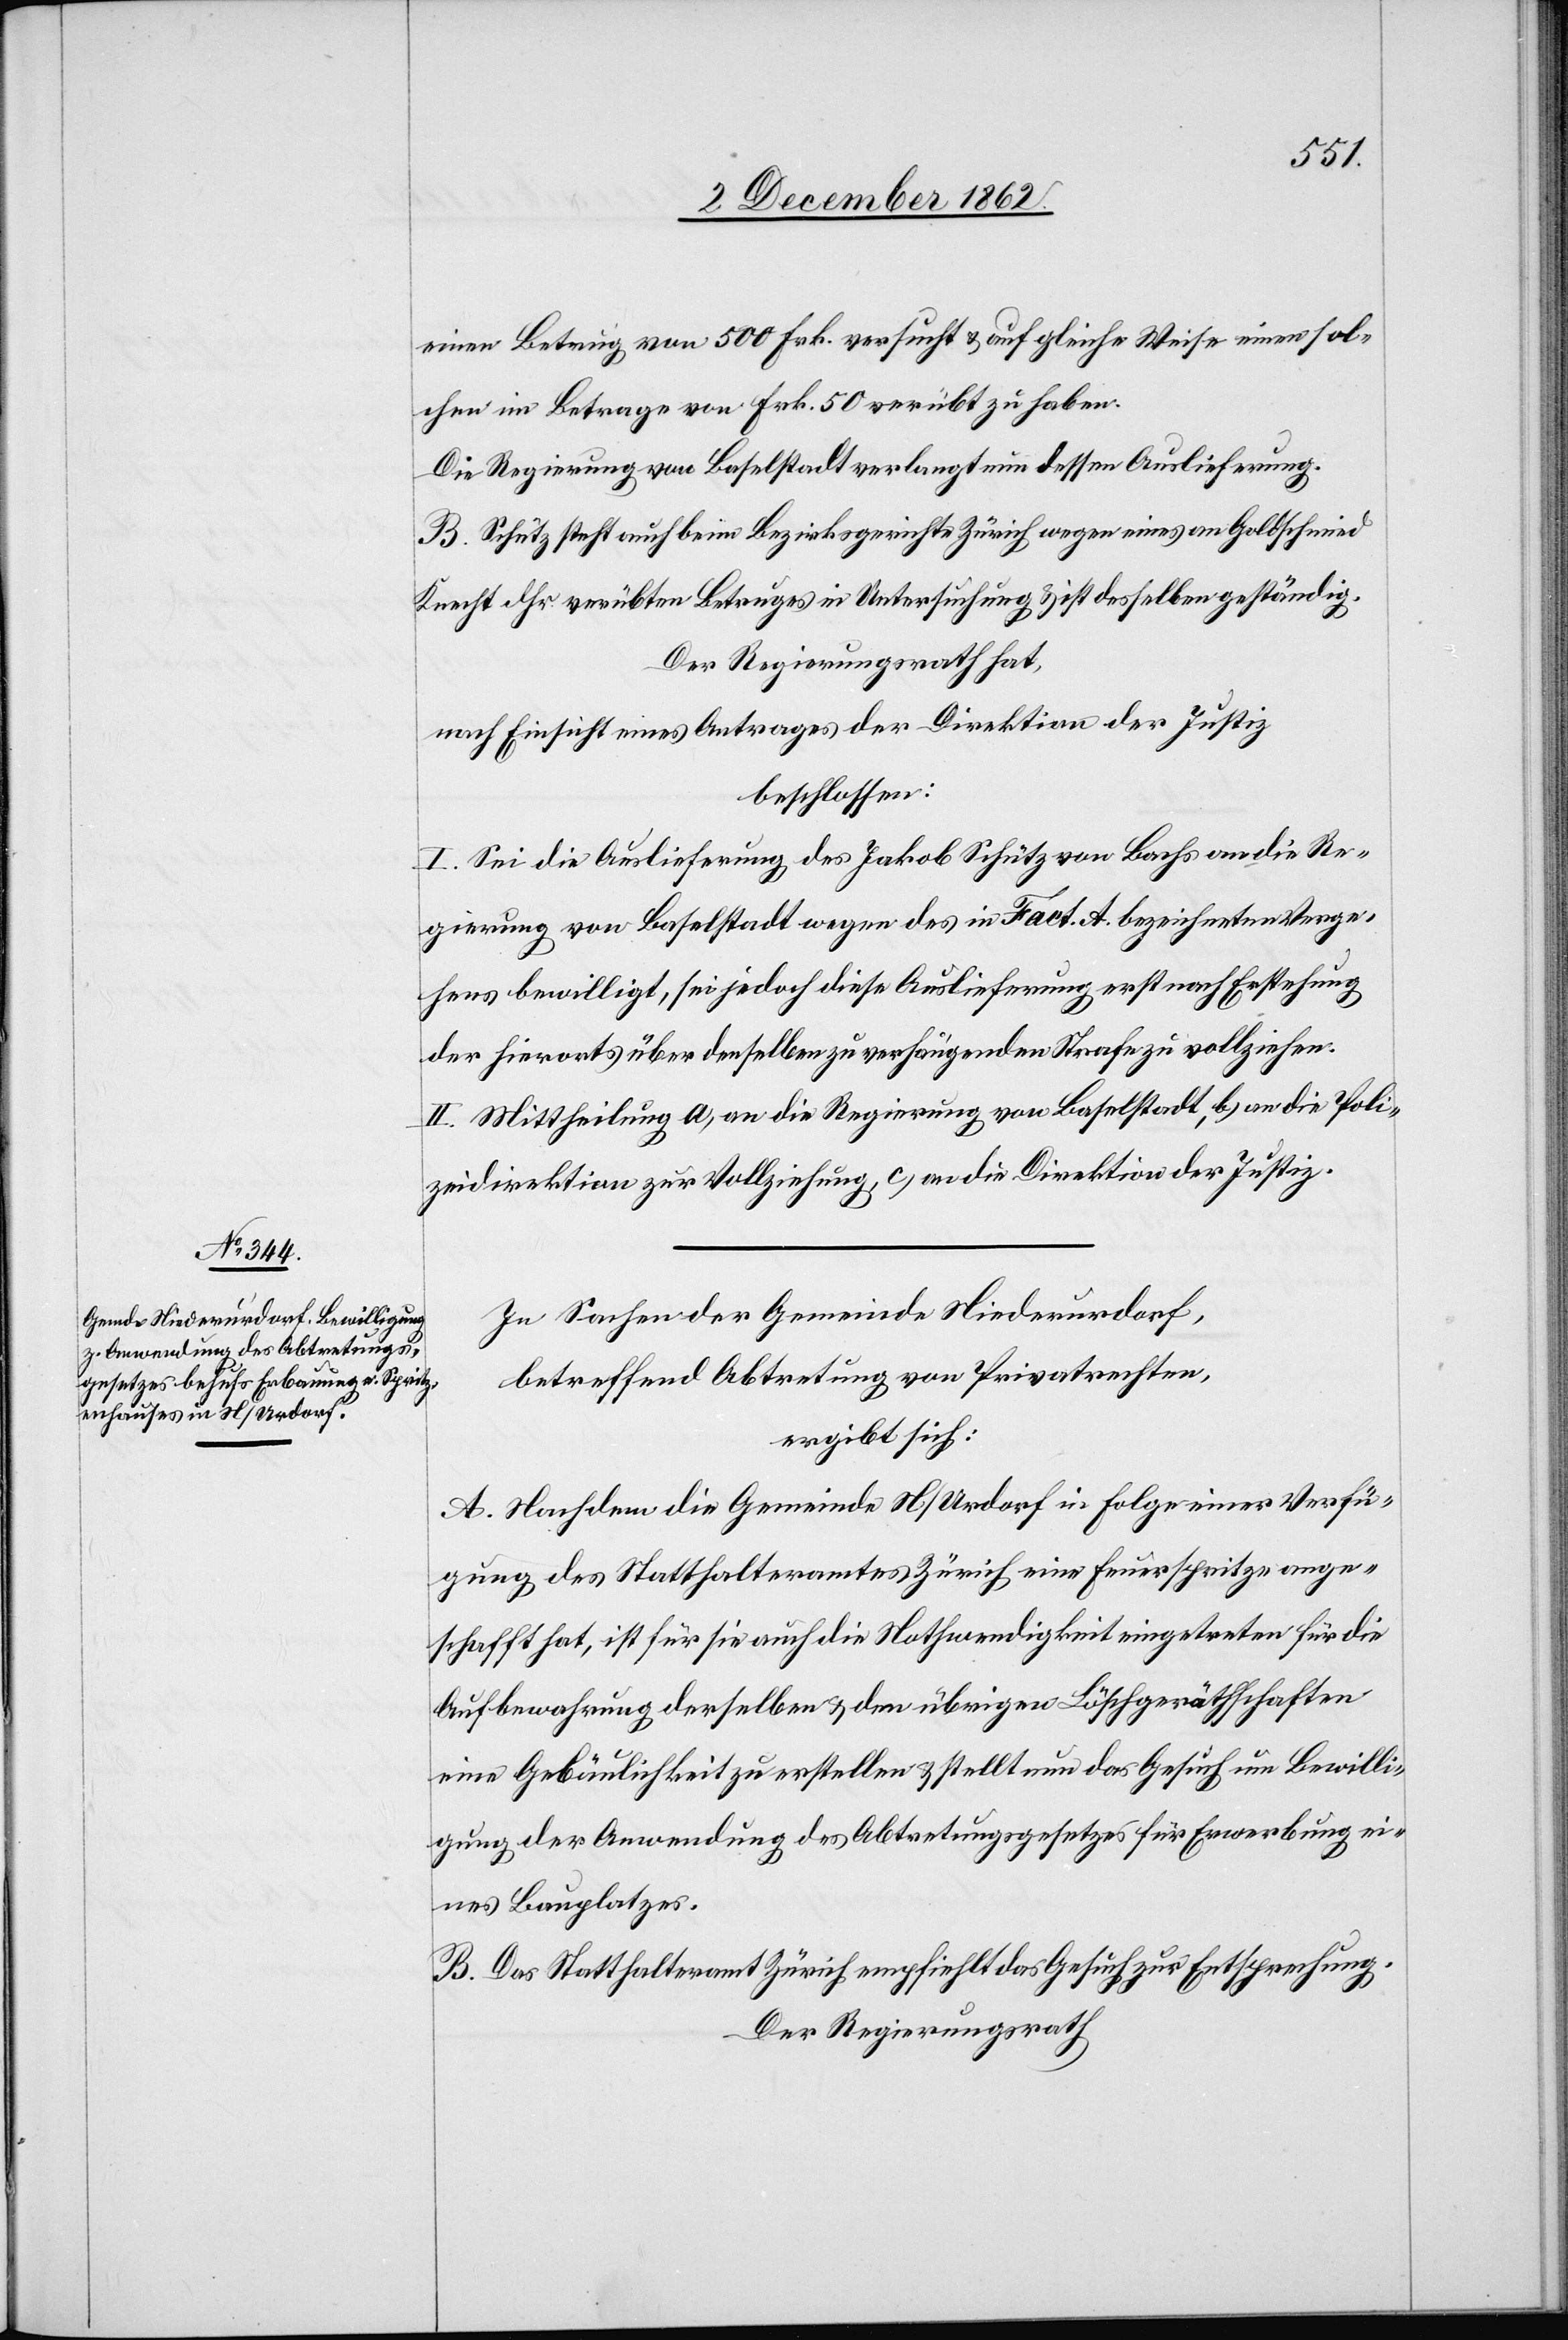
einen Betrag von 500 Frk. versucht u. auf gleiche Weise einen sol¬
chen im Betrage von Frk. 50 verübt zu haben.
Die Regierung von Baselstadt verlangt nun dessen Auslieferung.
B. Schütz steht auch beim Bezirksgerichte Zürich wegen eines an Goldschmied
Knecht dhr. verübten Betruges in Untersuchung u. ist desselben geständig.
Der Regierungsrath hat,
nach Einsicht eines Antrages der Direktion der Justiz
beschlossen:
I. Sei die Auslieferung des Jakob Schütz von Bachs an die Re¬
gierung von Baselstadt wegen des in Fact. A. bezeichneten Verge¬
hens bewilligt, sei jedoch diese Auslieferung erst nach Erstehung
der hierorts über denselben zu verhängenden Strafe zu vollziehen.
II. Mittheilung a) an die Regierung von Baselstadt, b) an die Poli¬
zeidirektion zur Vollziehung, c) an die Direktion der Justiz.
In Sachen der Gemeinde Niederurdorf,
betreffend Abtretung von Privatrechten,
ergibt sich:
A. Nachdem die Gemeinde N/Urdorf in Folge einer Verfü¬
gung des Statthalteramtes Zürich eine Feuerspritze ange¬
schafft hat, ist für sie auch die Nothwendigkeit eingetreten für die
Aufbewahrung derselben u. den übrigen Löschgeräthschaften
eine Gebäulichkeit zu erstellen u. stellt nun das Gesuch um Bewilli¬
gung der Anwendung des Abtretungsgesetzes für Erwerbung ei¬
nes Bauplatzes.
B. Das Statthalteramt Zürich empfiehlt das Gesuch zur Entsprechung.
Der Regierungsrath